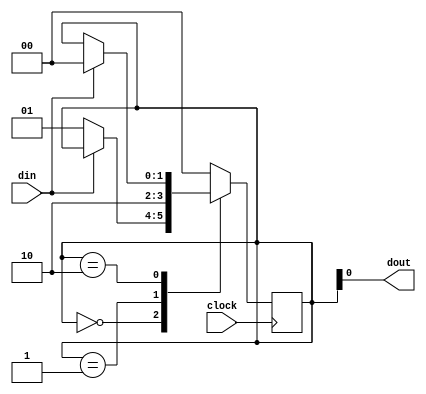
module oneshot(clock, din, dout);
	input clock;
	input din;
	output dout;
	reg [1:0] ss;
	always @(posedge clock)
	begin
		case(ss)
			2'b00:
				if(~din) // push button ~din din
					ss<=2'b01;
			2'b01:
				ss<=2'b10;
			2'b10:
				if(din) // push button  din~din
					ss<=2'b00;
			default:
				ss<=2'b00;
		endcase
	end
	assign dout=ss[0];
endmodule